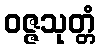
ဝဇ္ဇသုတ္တံ